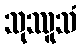
သုဿူသံ